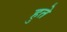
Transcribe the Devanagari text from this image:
हुते